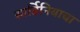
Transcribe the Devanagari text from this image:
सार्डिनियाचा